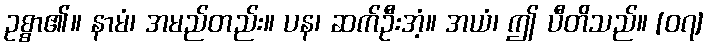
ဥစ္စာ၏။ နာမံ၊ အမည်တည်း။ ပန၊ ဆက်ဦးအံ့။ အယံ၊ ဤ ပီတိသည်။ [၀၇]